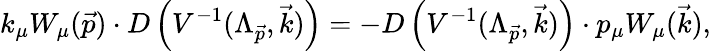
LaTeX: k_{\mu}W_{\mu}(\vec{p})\cdot D\left(V^{-1}(\Lambda_{\vec{p}},\vec{k})\right)=-D\left(V^{-1}(\Lambda_{\vec{p}},\vec{k})\right)\cdot p_{\mu}W_{\mu}(\vec{k}),